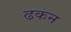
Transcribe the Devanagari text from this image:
ढकन